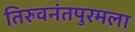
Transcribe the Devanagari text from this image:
तिरुवनंतपुरमला